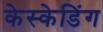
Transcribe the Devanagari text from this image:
केस्केडिंग